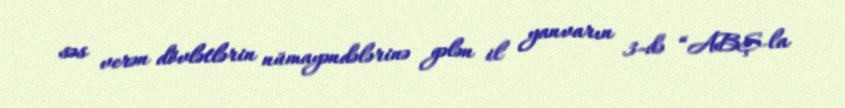
səs verən dövlətlərin nümayəndələrinə gələn il yanvarın 3-də “ABŞ-la